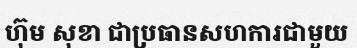
ហ៊ុម សុខា ជាប្រធានសហការជាមួយ